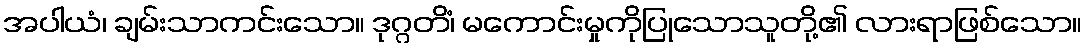
အပါယံ၊ ချမ်းသာကင်းသော။ ဒုဂ္ဂတိံ၊ မကောင်းမှုကိုပြုသောသူတို့၏ လားရာဖြစ်သော။